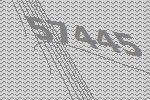
57445